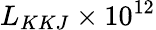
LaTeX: L_{KKJ}\times 10^{12}